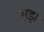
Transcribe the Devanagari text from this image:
मझ